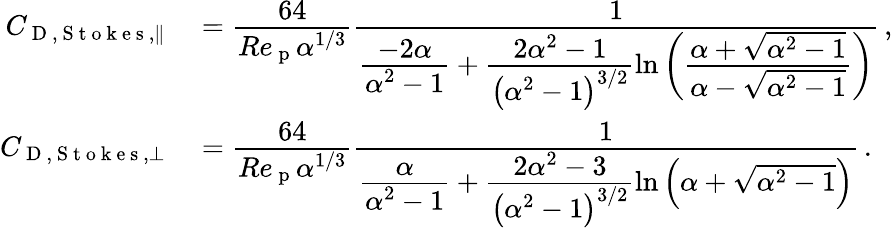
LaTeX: \begin{array}{rl}{C_{\mathrm{~D~,~S~t~o~k~e~s~},\parallel}}&{{}=\cfrac{64}{Re_{\mathrm{~p~}}\alpha^{1/3}}\cfrac{1}{\cfrac{-2\alpha}{\alpha^{2}-1}+\cfrac{2\alpha^{2}-1}{\left(\alpha^{2}-1\right)^{3/2}}\ln\left(\cfrac{\alpha+\sqrt{\alpha^{2}-1}}{\alpha-\sqrt{\alpha^{2}-1}}\right)}\, ,}\\ {C_{\mathrm{~D~,~S~t~o~k~e~s~},\perp}}&{{}=\cfrac{64}{Re_{\mathrm{~p~}}\alpha^{1/3}}\cfrac{1}{\cfrac{\alpha}{\alpha^{2}-1}+\cfrac{2\alpha^{2}-3}{\left(\alpha^{2}-1\right)^{3/2}}\ln\left({\alpha+\sqrt{\alpha^{2}-1}}\right)}\, .}\end{array}